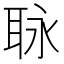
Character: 𦕟